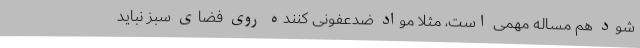
شود هم مساله مهمی است، مثلا مواد ضدعفونی کننده روی فضای سبز نباید